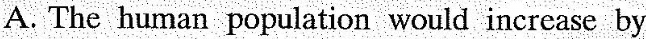
A. The human population would increase by